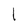
Character: l